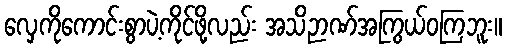
လှေကိုကောင်းစွာပဲ့ကိုင်ဖို့လည်း အသိဉာဏ်အကြွယ်ဝကြဘူး။